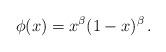
LaTeX: \begin{align*}\phi (x) = x^\beta (1-x)^\beta \, . \end{align*}